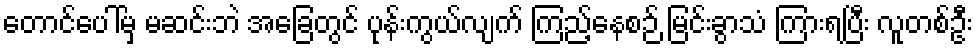
တောင်ပေါ်မှ မဆင်းဘဲ အခြေတွင် ပုန်းကွယ်လျက် ကြည့်နေစဉ် မြင်းခွာသံ ကြားရပြီး လူတစ်ဦး